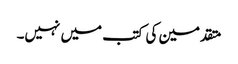
متقدمین کی کتب میں نہیں۔